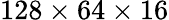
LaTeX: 128\times 64\times 16